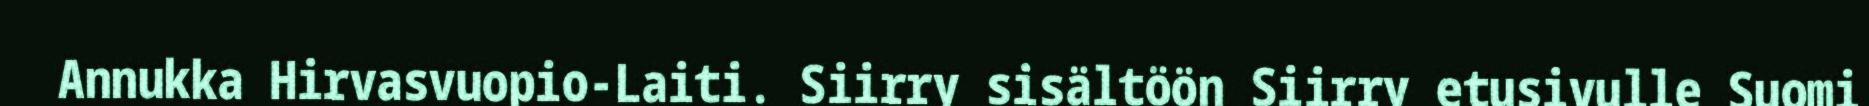
Annukka Hirvasvuopio-Laiti. Siirry sisältöön Siirry etusivulle Suomi